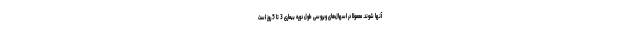
آنها شوند. معمولا در اسهال‌های ویروسی طول دوره بیماری 3 تا 5 روز است